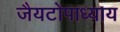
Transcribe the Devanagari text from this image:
जैयटोपाध्याय